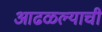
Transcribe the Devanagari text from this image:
आढळल्याची